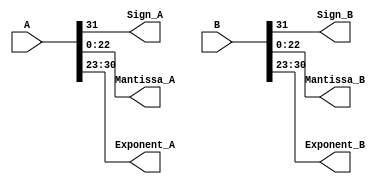
module Floating_Seperation (A,B,Sign_A,Sign_B,Mantissa_A,Mantissa_B,Exponent_A,Exponent_B);
  input [31:0]A,B;
  output Sign_A; 
  output Sign_B;
  output [22:0]Mantissa_A,Mantissa_B;
  output [7:0]Exponent_A,Exponent_B;
  
  
  assign Sign_A=A[31];
  assign Sign_B=B[31];
  assign Exponent_A=A[30:23];
  assign Exponent_B=B[30:23];
  assign Mantissa_A=A[22:0];
  assign Mantissa_B=B[22:0];
  
  
endmodule